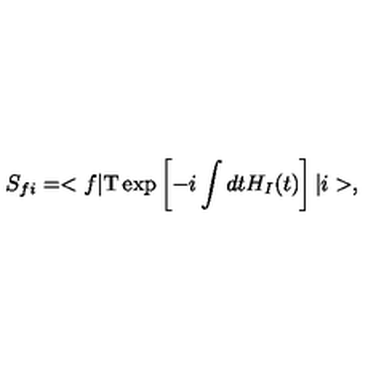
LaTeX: S _ { f i } = < f | \mathrm { T } \exp \left[ - i \int d t H _ { I } ( t ) \right] | i > ,